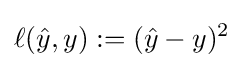
\ell ({\hat {y}},y):=({\hat {y}}-y)^{2}